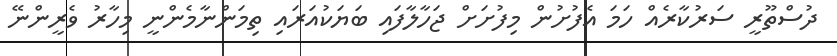
ދުސްތޫރީ ސަރުކާރެއް ހަމަ އެފުށުން މިފުށަށް ޖަހާލާފައި ބަޔަކުއަރައި ތިމަންނާމެންނީ މިހާރު ވެރީންނޭ